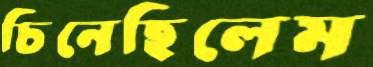
চিনেছিলেম